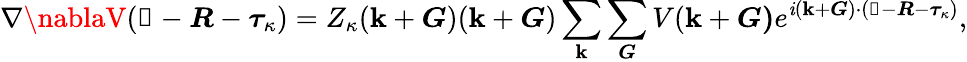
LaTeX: \nabla\nablaV(\boldsymbol{\mathscr{R}}-\boldsymbol{R}-\boldsymbol{\tau}_{\kappa})=Z_{\kappa}(\boldsymbol{\mathbf{k}}+\boldsymbol{G})(\boldsymbol{\mathbf{k}}+\boldsymbol{G})\sum_{\boldsymbol{\mathbf{k}}}\sum_{\boldsymbol{G}}V(\boldsymbol{\mathbf{k}}+\boldsymbol{G)}e^{\mathit{i}(\boldsymbol{\mathbf{k}}+\boldsymbol{G})\cdot(\boldsymbol{\mathscr{R}}-\boldsymbol{R}-\boldsymbol{\tau}_{\kappa})},